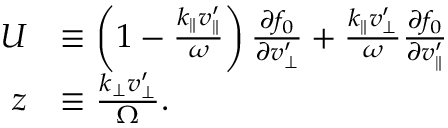
\begin{array} { r l } { U } & { \equiv \left( 1 - \frac { k _ { \parallel } v _ { \parallel } ^ { \prime } } { \omega } \right) \frac { \partial f _ { 0 } } { \partial v _ { \perp } ^ { \prime } } + \frac { k _ { \parallel } v _ { \perp } ^ { \prime } } { \omega } \frac { \partial f _ { 0 } } { \partial v _ { \parallel } ^ { \prime } } } \\ { z } & { \equiv \frac { k _ { \perp } v _ { \perp } ^ { \prime } } { \Omega } . } \end{array}